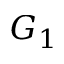
G _ { 1 }